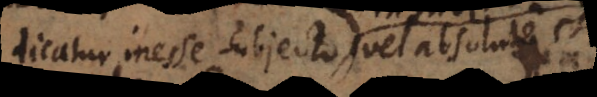
dicatur inesse subjecto vel contineri